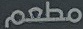
مطعم